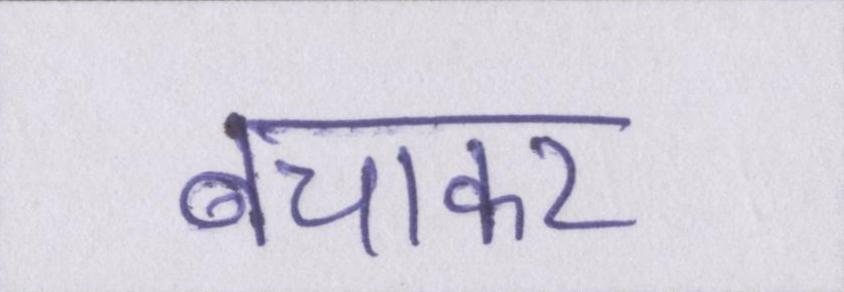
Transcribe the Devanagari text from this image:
बचाकर